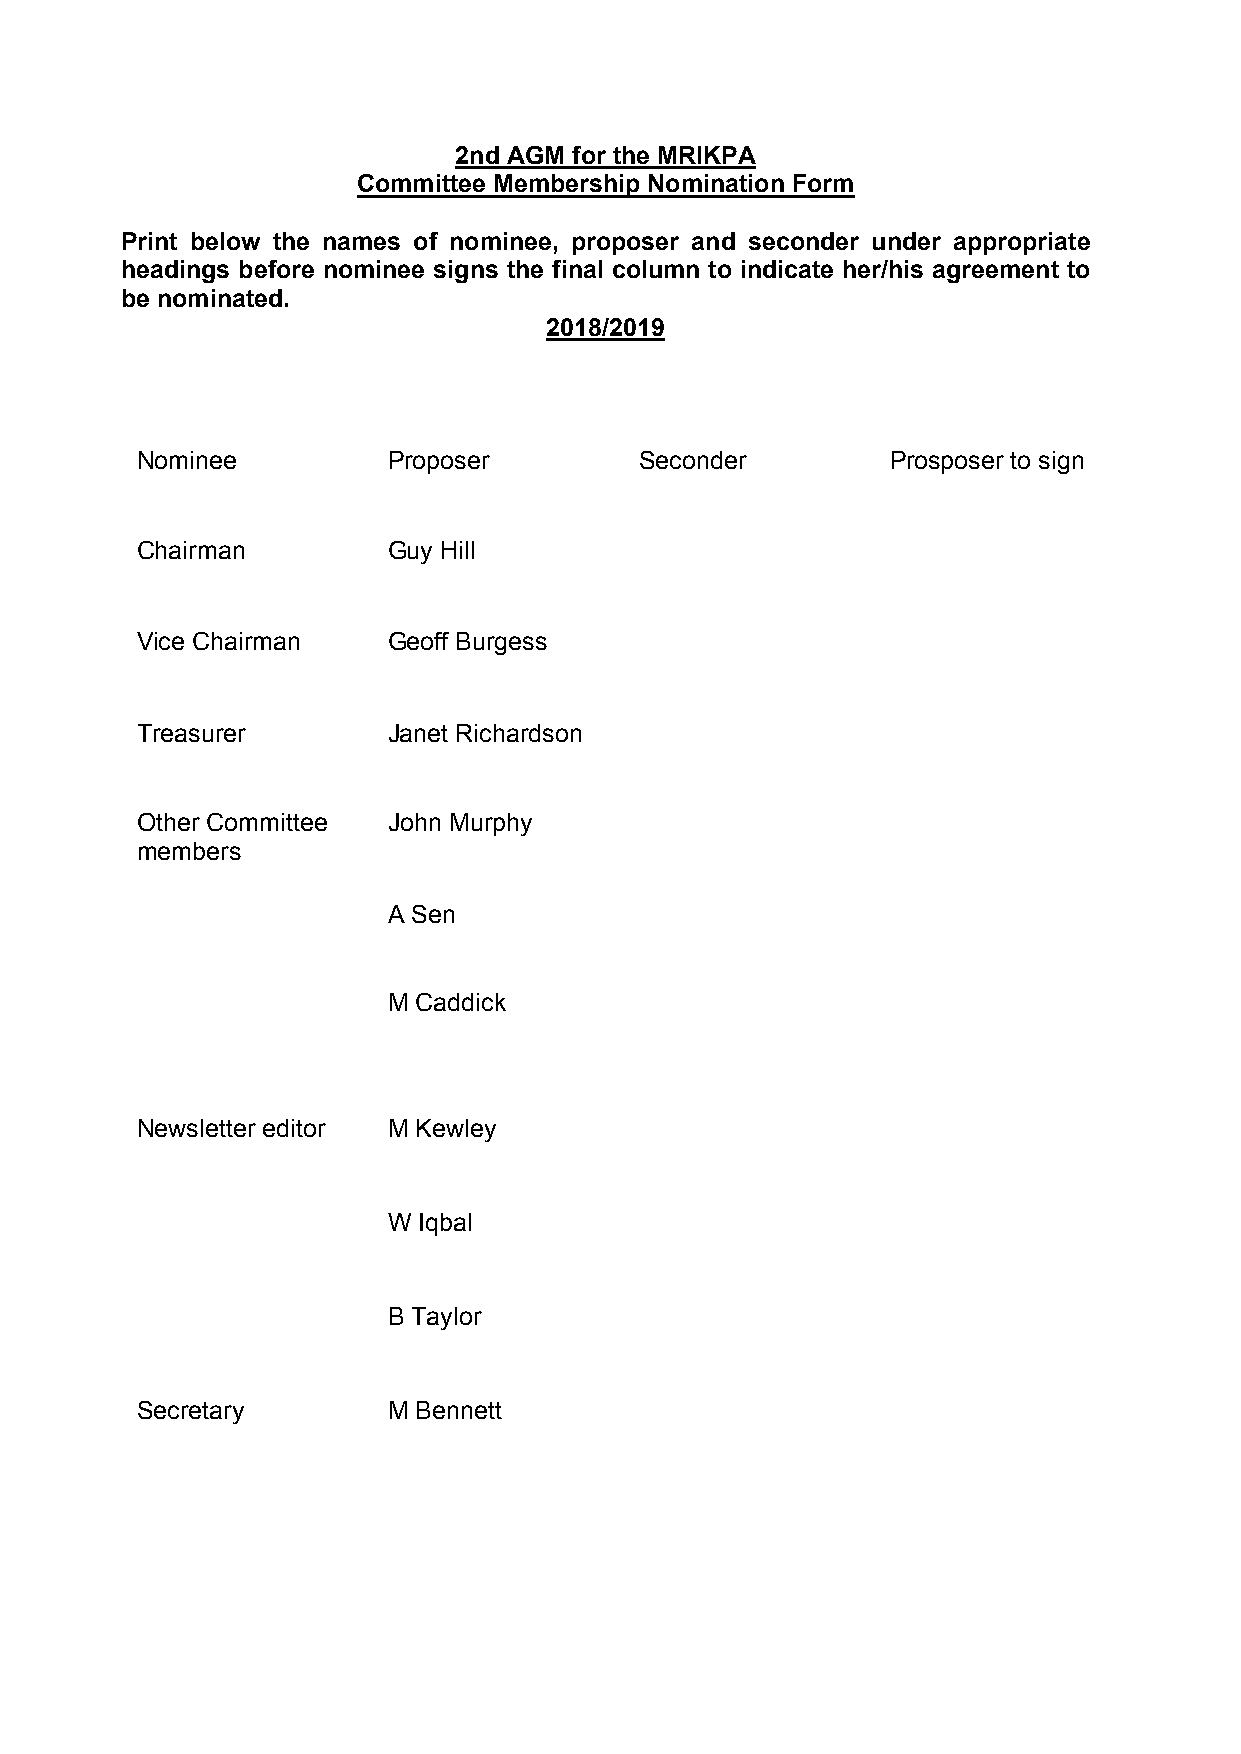
2nd AGM for the MRIKPA
 Committee Membership Nomination Form
 Print below the names of nominee, proposer and seconder under appropriate
 headings before nominee signs the final column to indicate her/his agreement to
 be nominated.
 2018/2019
 Nominee          Proposer        Seconder         Prosposer to sign
 Chairman         Guy Hill
 Vice Chairman    Geoff Burgess
 Treasurer        Janet Richardson
 Other Committee  John Murphy
 members
 A Sen
 M Caddick
 Newsletter editor M Kewley
 W Iqbal
 B Taylor
 Secretary        M Bennett